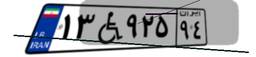
۲۴W۸۷۶۷۴